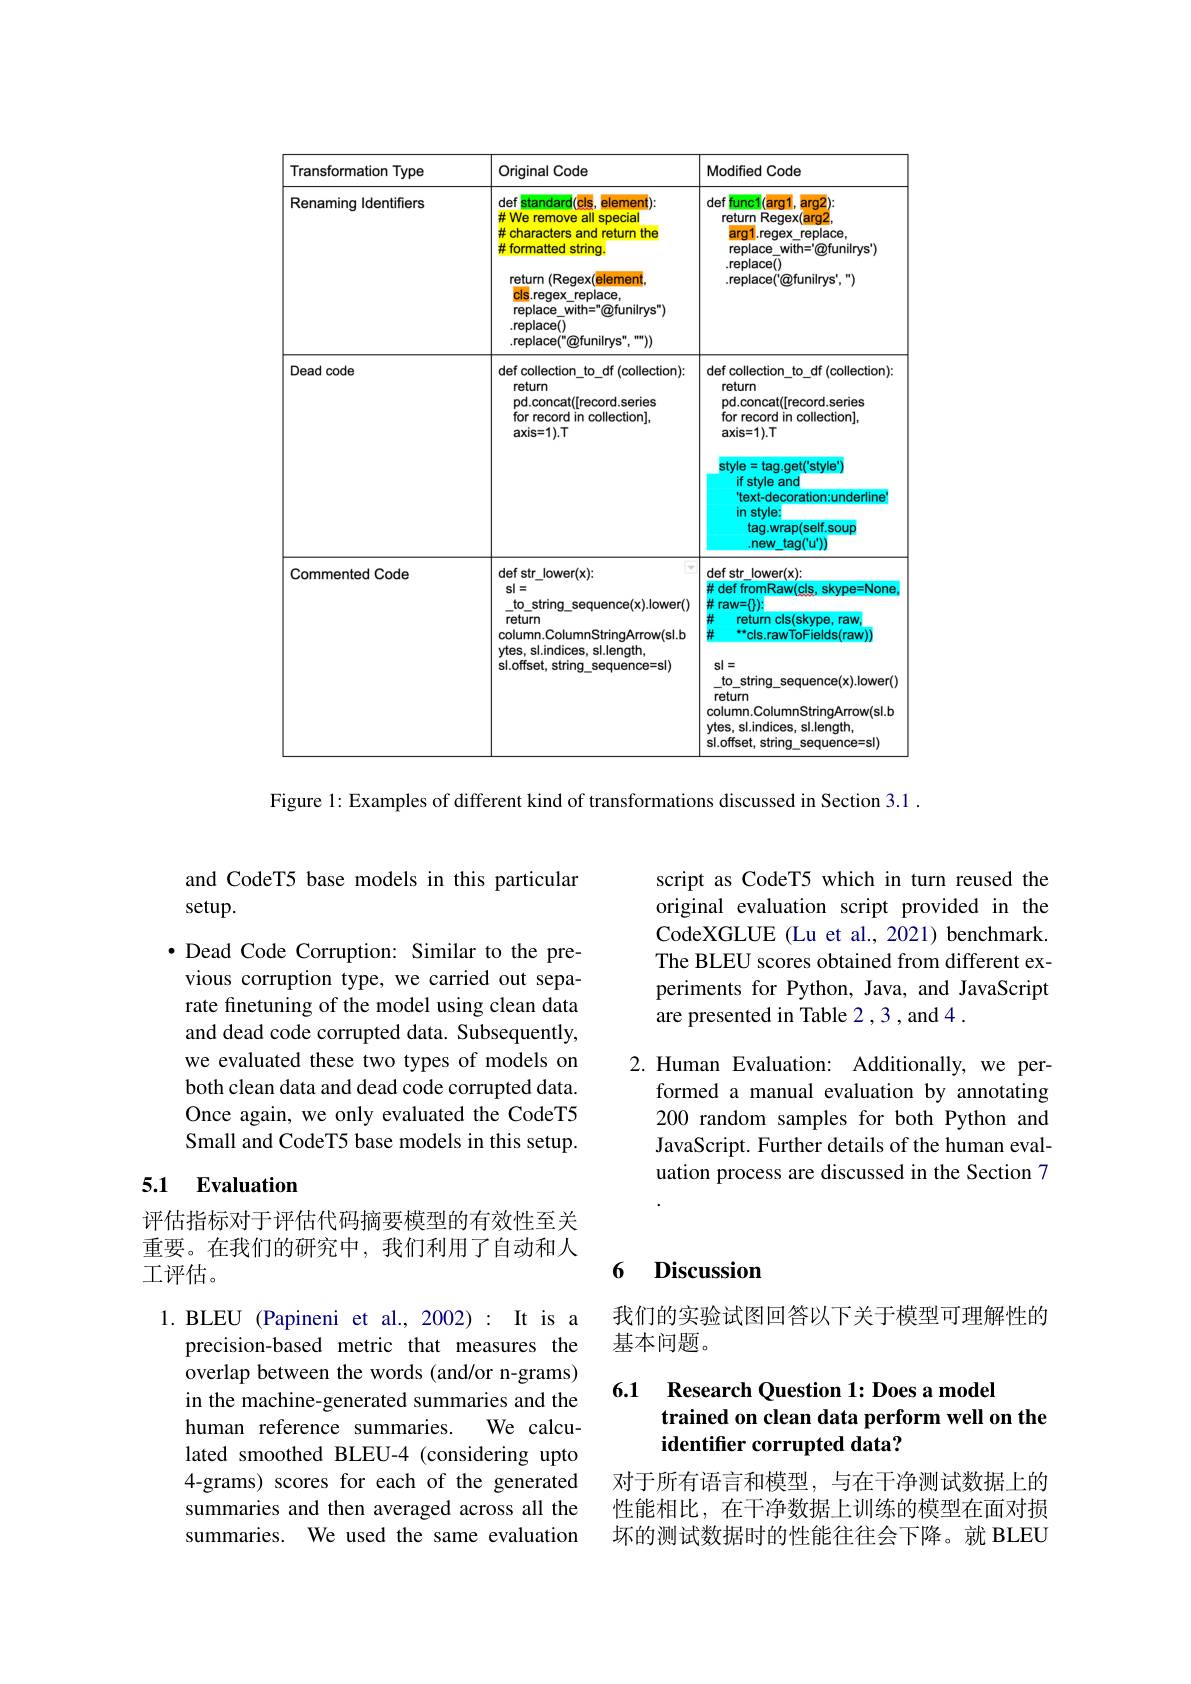
<table>
	<tbody>
		<tr>
			<th>Transformation Type</th>
			<th>Original Code</th>
			<th>Modified Code</th>
		</tr>
		<tr>
			<td>Renaming Identifiers</td>
			<td>def standard(cls element) $\cdot1$ # We remove all special # characters and return the # formatted string return (Regex(element cls $s.regex\_replace$, replace\_with="@funilrys") replace() .replace("@funilrys",“"))</td>
			<td>def func1(arg1 $arg2):$ return 1F Regex(arg2 arg1 l.regex_replace, $replace\_with=^{\prime}\textcircled{Q}funilrys^{\prime})$ .replace() .replace('@funilrys',“)</td>
		</tr>
		<tr>
			<td>Dead code</td>
			<td>def collection\_to\_df (collection) return pd.concat([record.series] for record in collection], $\mathbf{axis=1}).\mathbf{T}$</td>
			<td>def collection\_to\_df(collection): return pd.concat([record.series for record in collection], $axis=1).T$ $\mathbf{style}=\mathbf{tag}.\mathbf{get}(\mathbf{style'})$ if style and text-decoration:underline in stylex tag.wrap(self.soup .new tag('u'))</td>
		</tr>
		<tr>
			<td>Commented Code</td>
			<td>def str\_lower(x): $s|=$ to\_string\_sequence(x).lower() return column.ColumnStringArrow(sl.b ytes, sl.indices, sl.length, sl.offset, string\_sequence=sl)</td>
			<td>def str\_lower(x): # def fromRaw(cls, skype=None $\#$ raw=$\{\})$ $\begin{array}{c}\#\\\#\end{array}$ return cls(skype, raw, $^{**}$cls.rawToFields(raw) $s|=$ to\_string\_sequence(x).lower(y) return column.ColumnStringArrow(sl.b ytes, sl.indices, sl.length sl.offset, string s sequence=sl)</td>
		</tr>
	</tbody>
</table>

Figure 1: Examples of different kind of transformations discussed in Section 3.1

and CodeT5 base models in this particular
setup.

·Dead Code Corruption: Similar to the previous corruption type, we carried out separate finetuning of the model using clean data and dead code corrupted data. Subsequently, we evaluated these two types of models on both clean data and dead code corrupted data. Once again, we only evaluated the CodeT5 Small and CodeT5 base models in this setup.

### 5.1 Evaluation

评估指标对于评估代码摘要模型的有效性至关重要。在我们的研究中，我们利用了自动和人工评估。

1.BLEU (Papineni et al.,2002): It is a
precision-based metric that measures the overlap between the words (and/or n-grams) in the machine-generated summaries and the human reference summaries.
We calcu-
lated smoothed BLEU-4 (considering upto 4-grams) scores for each of the generated summaries and then averaged across all the summaries. We used the same evaluation

script as CodeT5 which in turn reused the original evaluation script provided in the CodeXGLUE (Lu et al., 2021) benchmark. The BLEU scores obtained from different experiments for Python, Java, and JavaScript are presented in Table 2,3 , and 4 .

2.Human Evaluation: Additionally, we per-
formed a manual evaluation by annotating 200 random samples for both Python and JavaScript. Further details of the human evaluation process are discussed in the Section 7

### 6 Discussion

我们的实验试图回答以下关于模型可理解性的
基本问题。

### 6.1 Research Question 1:Does a model trained on clean data perform well on the identifier corrupted data?

对于所有语言和模型，与在干净测试数据上的性能相比，在干净数据上训练的模型在面对损坏的测试数据时的性能往往会下降。就 BLEU